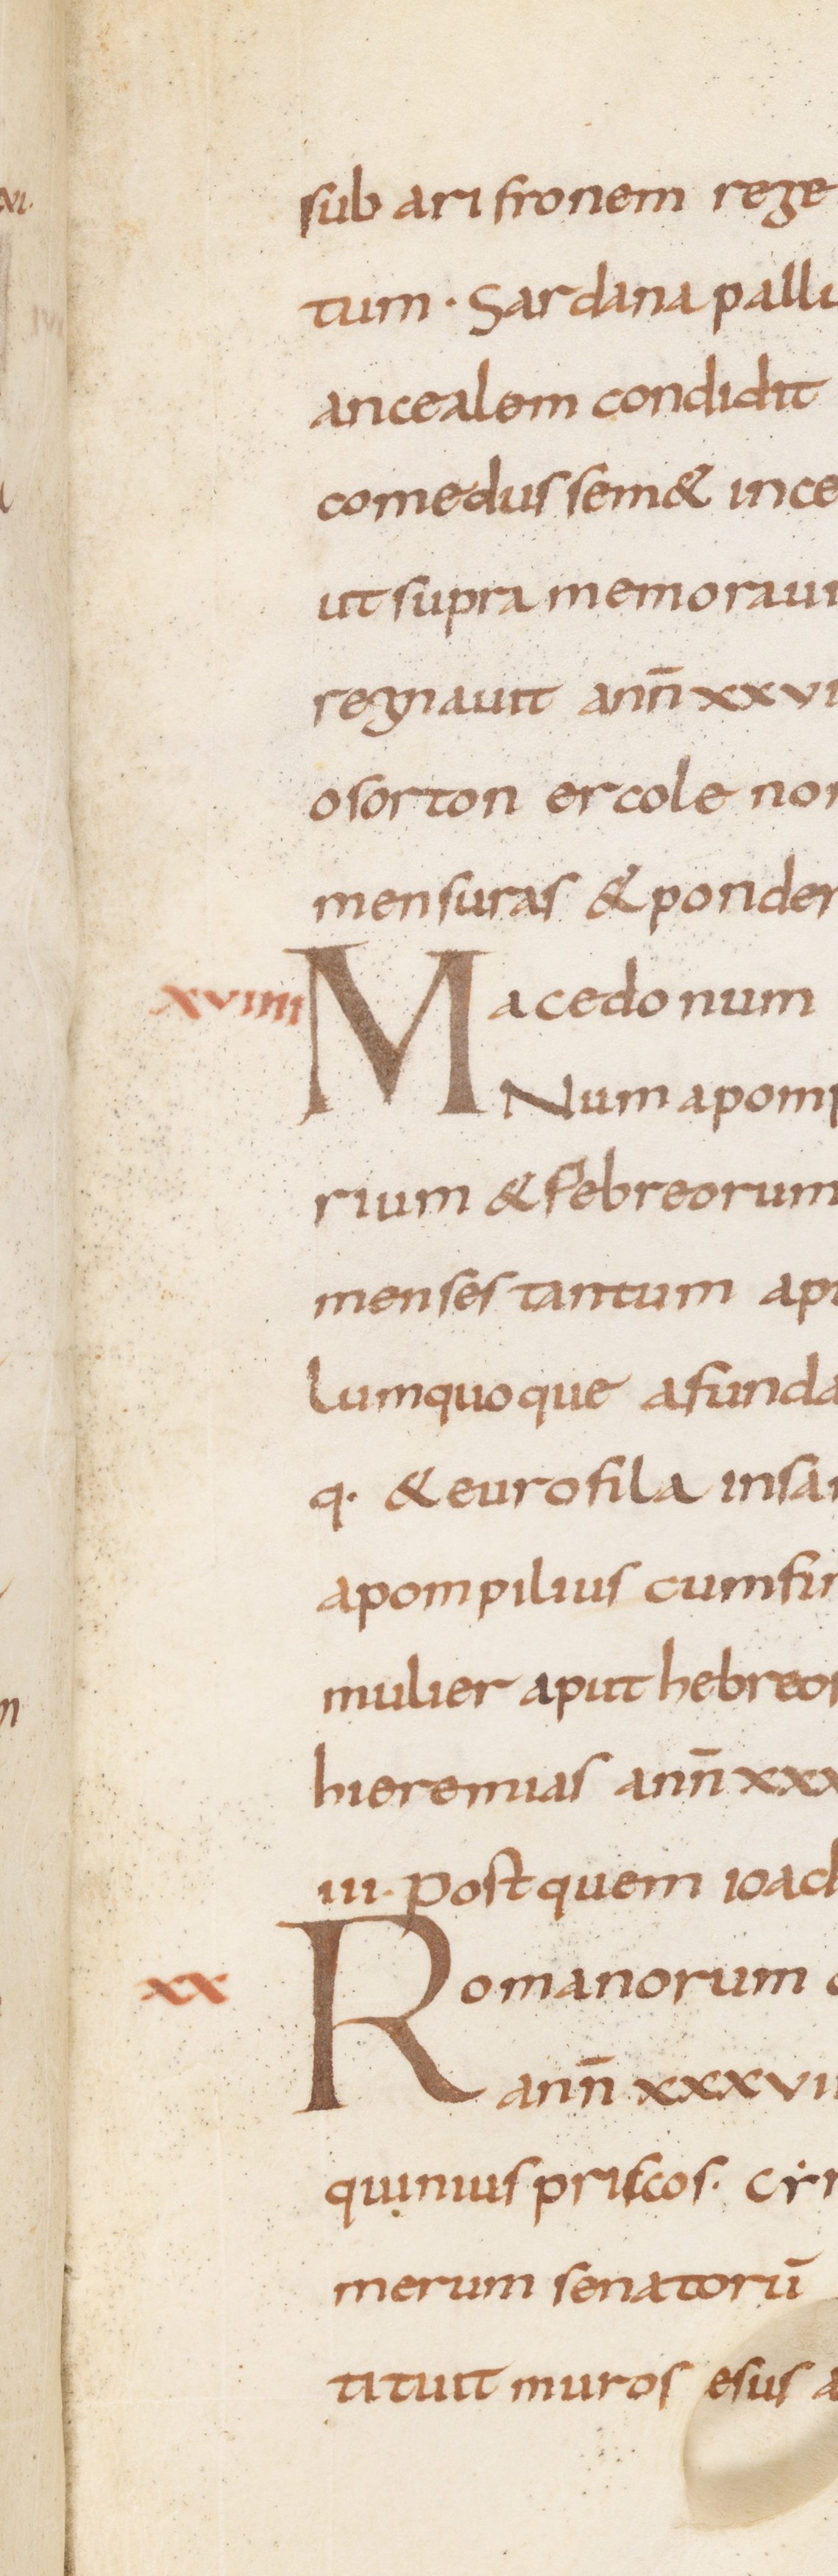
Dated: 815–845